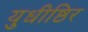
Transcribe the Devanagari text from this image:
युधीष्ठिर